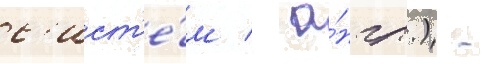
с'ист'е́м / а́нгл.) -